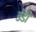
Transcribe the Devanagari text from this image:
डेंडी